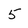
Character: 5